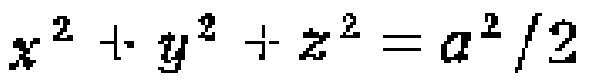
\(x^{2} + y^{2} + z^{2} = a^{2}/2\)